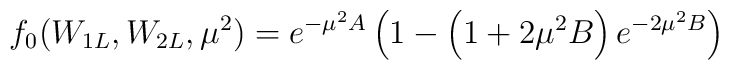
f_0(W_{1L},W_{2L},\mu^2)=e^{-\mu^2A}\left(1-\left(1+2\mu^2B\right)e^{-2	\mu^2B}\right)